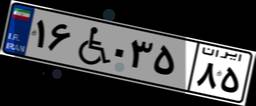
۱۶W۰۳۵۸۵